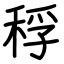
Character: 稃